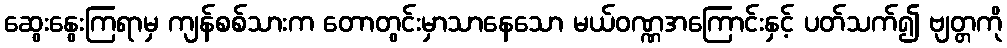
ဆွေးနွေးကြရာမှ ကျန်စစ်သားက တောတွင်းမှာသာနေသော မယ်ဝဏ္ဏအကြောင်းနှင့် ပတ်သက်၍ ဗျတ္တကို